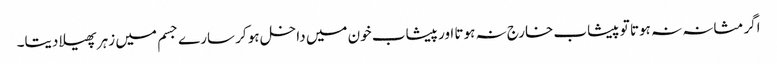
اگر مثانہ نہ ہوتا تو پیشاب خارج نہ ہوتا اور پیشاب خون میں داخل ہو کر سارے جسم میں زہر پھیلا دیتا۔